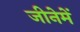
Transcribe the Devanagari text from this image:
जीनेमें